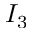
I _ { 3 }